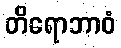
တိရောဘာဝံ